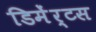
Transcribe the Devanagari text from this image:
डिमेंर्टस